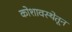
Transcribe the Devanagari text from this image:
कोशावस्थेतून